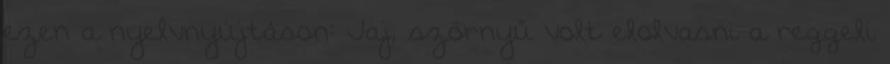
ezen a nyelvnyújtáson: Jaj, szörnyű volt elolvasni a reggeli